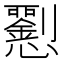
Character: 𢥍